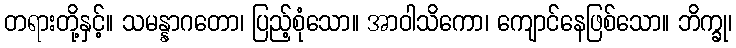
တရားတို့နှင့်။ သမန္နာဂတော၊ ပြည့်စုံသော။ အာဝါသိကော၊ ကျောင်နေဖြစ်သော။ ဘိက္ခု၊